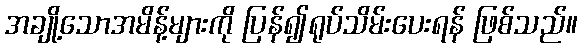
အချို့သောအမိန့်များကို ပြန်၍ရုပ်သိမ်းပေးရန် ဖြစ်သည်။